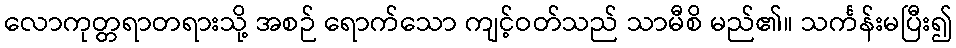
လောကုတ္တရာတရားသို့ အစဉ် ရောက်သော ကျင့်ဝတ်သည် သာမီစိ မည်၏။ သင်္ကန်းမပြီး၍